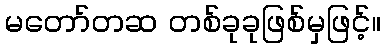
မတော်တဆ တစ်ခုခုဖြစ်မှဖြင့်။